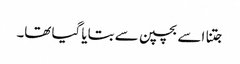
جتنا اسے بچپن سے بتایا گیا تھا۔